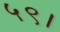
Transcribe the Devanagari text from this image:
५९।